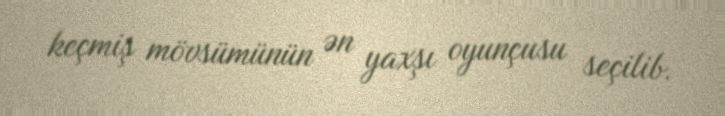
keçmiş mövsümünün ən yaxşı oyunçusu seçilib.